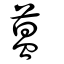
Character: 蒕